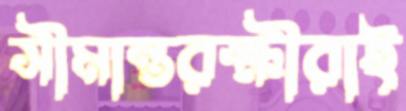
সীমান্তরক্ষীরাই